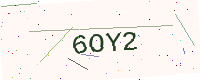
Text: 6OY2